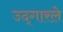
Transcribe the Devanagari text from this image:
उद्‌गारले